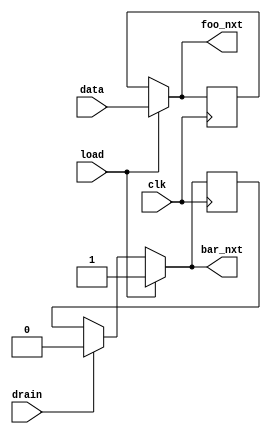

module test(input wire load, drain,
	    input wire clk, data,
	    output reg foo_nxt, bar_nxt);

   reg		       foo, bar;

   (* ivl_combinational *)
   always @* begin
      foo_nxt = foo;
      bar_nxt = bar;

      if (load) begin
	 foo_nxt = data;
	 bar_nxt = 1;
      end else if (drain) begin
	 bar_nxt = 0;
      end
   end

   always @(posedge clk) begin
      foo <= foo_nxt;
      bar <= bar_nxt;
   end

endmodule // test

module main;

   reg clk, load, drain, data;
   wire foo, bar;

   test dut (.clk(clk), .load(load), .drain(drain), .data(data),
	     .foo_nxt(foo), .bar_nxt(bar));

   (* ivl_synthesis_off *)
   initial begin
      clk = 0;
      load = 1;
      drain = 0;
      data = 1;
      #1 clk = 1;
      #1 clk = 0;
      $display("%0t: load=%b, drain=%b, data=%b: foo=%b, bar=%b",
	       $time, load, drain, data, foo, bar);
      if (foo !== 1 || bar !== 1) begin
	 $display("FAILED -- foo=%b, bar=%b (1)", foo, bar);
	 $finish;
      end
      data = 0;
      #1 clk = 1;
      #1 clk = 0;
      $display("%0t: load=%b, drain=%b, data=%b: foo=%b, bar=%b",
	       $time, load, drain, data, foo, bar);
      if (foo !== 0 || bar !== 1) begin
	 $display("FAILED -- foo=%b, bar=%b (2)", foo, bar);
	 $finish;
      end
      load = 0;
      drain = 1;
      #1 ;
      if (foo !== 0 || bar !== 0) begin
	 $display("FAILED -- foo=%b, bar=%b (3)", foo, bar);
	 $finish;
      end

      #1 clk = 1;
      #1 clk = 0;
      $display("%0t: load=%b, drain=%b, data=%b: foo=%b, bar=%b",
	       $time, load, drain, data, foo, bar);

      $display("PASSED");
   end

endmodule // main